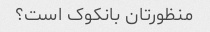
منظورتان بانکوک است؟